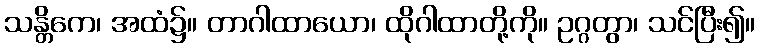
သန္တိကေ၊ အထံ၌။ တာဂါထာယော၊ ထိုဂါထာတို့ကို။ ဥဂ္ဂတွာ၊ သင်ပြီး၍။